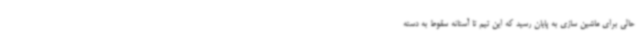
حالی برای ماشین سازی به پایان رسید که این تیم تا آستانه سقوط به دسته